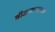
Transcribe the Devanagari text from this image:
वीजप्रवाहाच्या